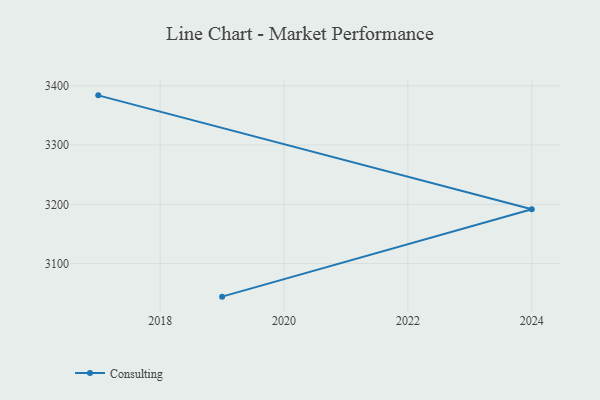
{"axis": {"x": "Year", "y": "Page Views"}, "legend": ["Consulting"], "data": [{"x": "2017", "y": 3383.8, "type": "Consulting"}, {"x": "2024", "y": 3191.7, "type": "Consulting"}, {"x": "2019", "y": 3044.3, "type": "Consulting"}]}